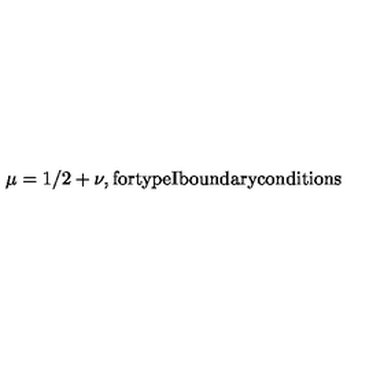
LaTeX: \mu = 1 / 2 + \nu , \mathrm { f o r t y p e I b o u n d a r y c o n d i t i o n s }